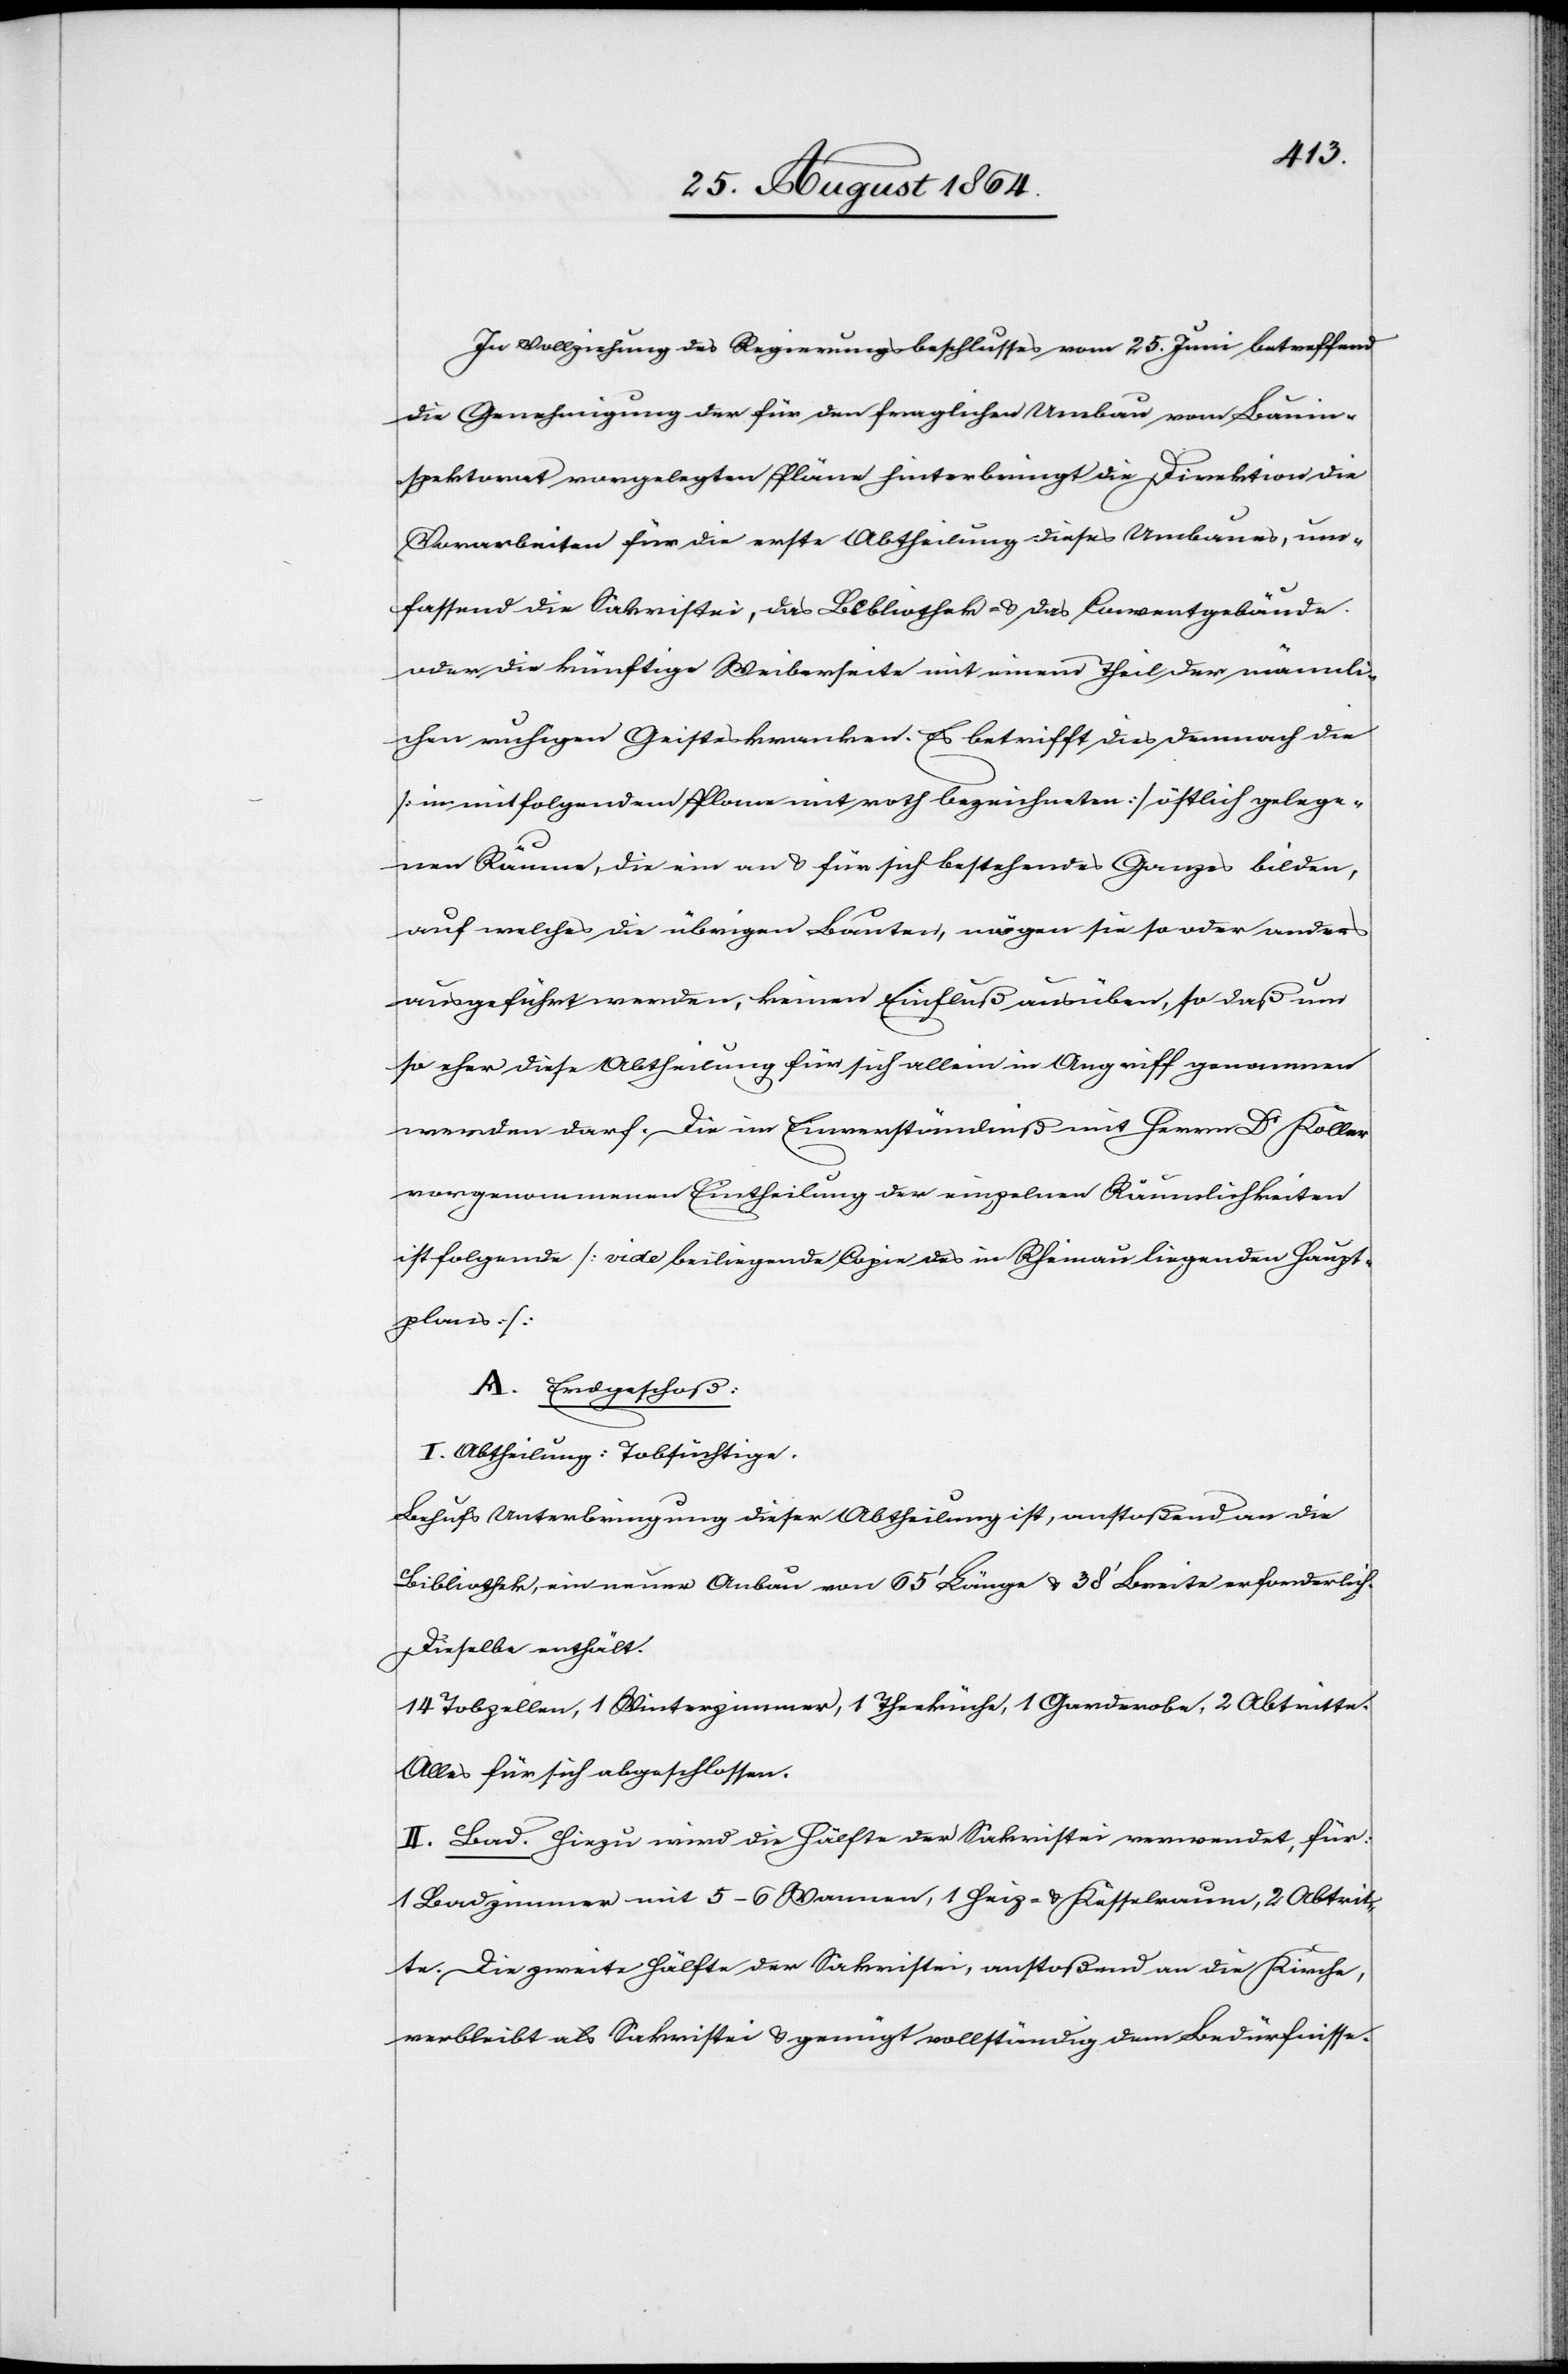
In Vollziehung des Regierungsbeschlusses vom 25. Juni betreffend
die Genehmigung der für den fraglichen Umbau vom Bauin¬
spektorat vorgelegten Pläne hinterbringt die Direktion die
Vorarbeiten für die erste Abtheilung dieses Umbaues, um¬
fassend die Sakristei, die Bibliothek & das Conventgebäude
oder die künftige Weiberseite mit einem Theil der männli¬
chen ruhigen Geisteskranken. Es betrifft dies demnach die
[in mitfolgendem Plane mit roth bezeichneten] östlich gelege¬
nen Räume, die ein an & für sich bestehendes Ganzes bilden,
auf welches die übrigen Bauten, mögen sie so oder anders
ausgeführt werden, keinen Einfluß ausüben, so daß um
so eher diese Abtheilung für sich allein in Angriff genommen
werden darf. Die im Einverständniß mit Herrn Dr Koller
vorgenommenen [sic!] Eintheilung der einzelnen Räumlichkeiten
ist folgende [vide beiliegende Copie des in Rheinau liegenden Haupt¬
planes]:
A. Erdgeschoß:
I. Abtheilung: Tobsüchtige.
Behufs Unterbringung dieser Abtheilung ist, anstoßend an die
Bibliothek, ein neuer Anbau von 65’ Länge & 38’ Breite erforderlich.
Dieselbe enthält.
14 Tobzellen, 1 Winterzimmer, 1 Theeküche, 1 Garderobe, 2 Abtritte.
Alles für sich abgeschlossen.
II. Bad. Hiezu wird die Hälfte der Sakristei verwendet, für
1 Badzimmer mit 5–6 Wannen, 1 Heiz- & Kesselraum, 2 Abtrit¬
te. Die zweite Hälfte der Sakristei, anstoßend an die Kirche,
verbleibt als Sakristei & genügt vollständig dem Bedürfnisse.